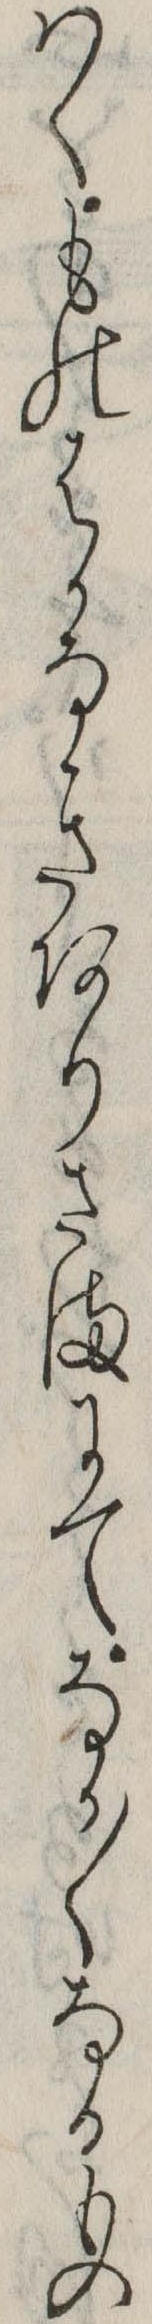
はくものはかなきありさまにてなか〱なるもの